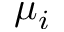
\mu _ { i }